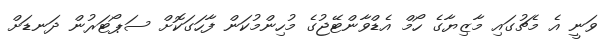
ވަނީ އެ މެޗުގައި މާޒިޔާގެ ހޯމް އެޑްވާންޓޭޖުގެ މުހިންމުކަން ފާހަގަކޮށް ސަޕޯޓަރުން ދަނޑަށް